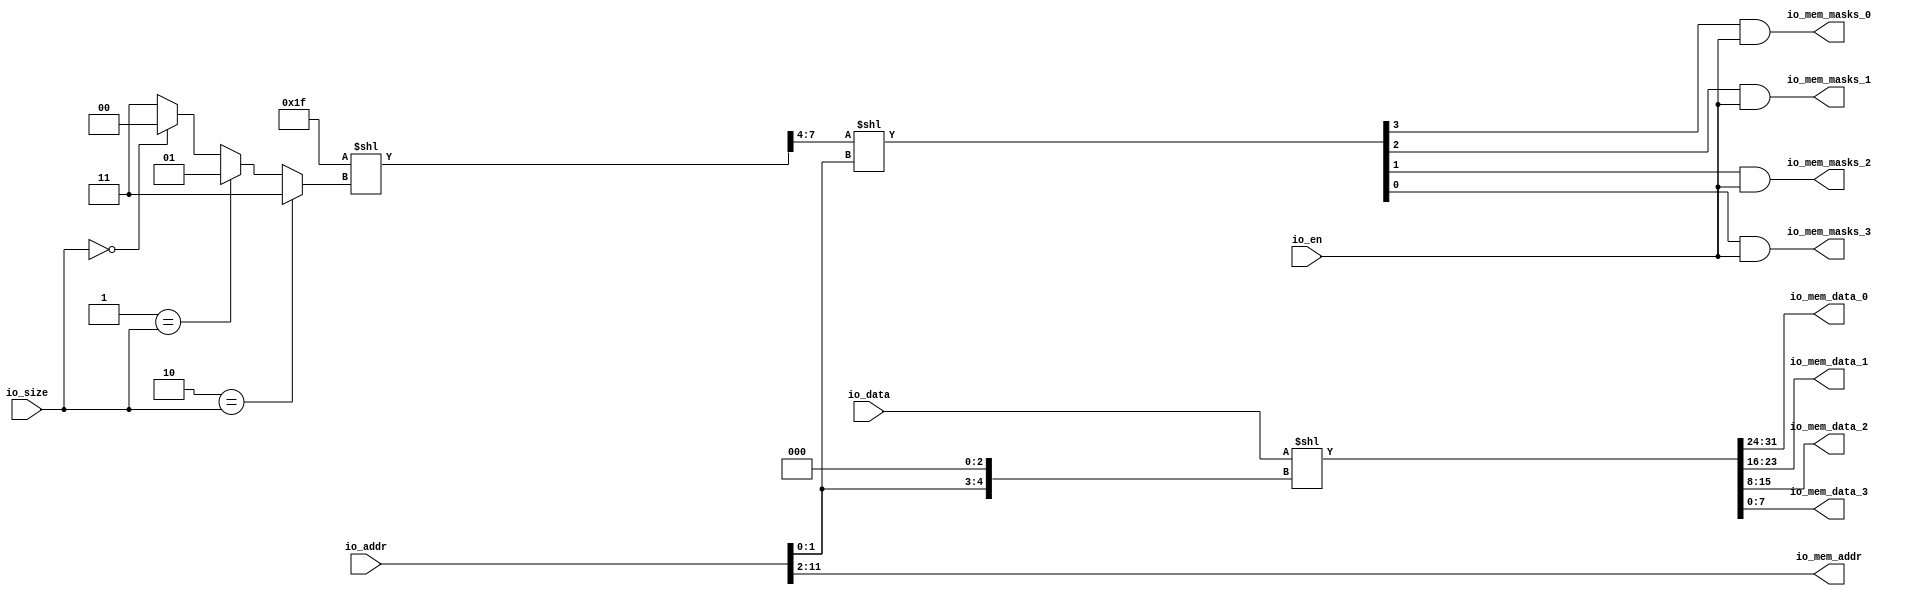
module MemWriter_2stage(
  input  [20:0] io_addr,
  input  [31:0] io_data,
  input  [1:0]  io_size,
  input         io_en,
  output [9:0] io_mem_addr,
  output [7:0]  io_mem_data_0,
  output [7:0]  io_mem_data_1,
  output [7:0]  io_mem_data_2,
  output [7:0]  io_mem_data_3,
  output        io_mem_masks_0,
  output        io_mem_masks_1,
  output        io_mem_masks_2,
  output        io_mem_masks_3
);
  wire [1:0] offset = io_addr[1:0]; // @[memory.scala 146:30]
  wire [4:0] _shiftedVec_T = {offset, 3'h0}; // @[memory.scala 147:56]
  wire [62:0] _GEN_0 = {{31'd0}, io_data}; // @[memory.scala 147:45]
  wire [62:0] _shiftedVec_T_1 = _GEN_0 << _shiftedVec_T; // @[memory.scala 147:45]
  wire [3:0] shiftedVec_lo = {_shiftedVec_T_1[27],_shiftedVec_T_1[26],_shiftedVec_T_1[25],_shiftedVec_T_1[24]}; // @[Cat.scala 31:58]
  wire [3:0] shiftedVec_hi = {_shiftedVec_T_1[31],_shiftedVec_T_1[30],_shiftedVec_T_1[29],_shiftedVec_T_1[28]}; // @[Cat.scala 31:58]
  wire [3:0] shiftedVec_lo_1 = {_shiftedVec_T_1[19],_shiftedVec_T_1[18],_shiftedVec_T_1[17],_shiftedVec_T_1[16]}; // @[Cat.scala 31:58]
  wire [3:0] shiftedVec_hi_1 = {_shiftedVec_T_1[23],_shiftedVec_T_1[22],_shiftedVec_T_1[21],_shiftedVec_T_1[20]}; // @[Cat.scala 31:58]
  wire [3:0] shiftedVec_lo_2 = {_shiftedVec_T_1[11],_shiftedVec_T_1[10],_shiftedVec_T_1[9],_shiftedVec_T_1[8]}; // @[Cat.scala 31:58]
  wire [3:0] shiftedVec_hi_2 = {_shiftedVec_T_1[15],_shiftedVec_T_1[14],_shiftedVec_T_1[13],_shiftedVec_T_1[12]}; // @[Cat.scala 31:58]
  wire [3:0] shiftedVec_lo_3 = {_shiftedVec_T_1[3],_shiftedVec_T_1[2],_shiftedVec_T_1[1],_shiftedVec_T_1[0]}; // @[Cat.scala 31:58]
  wire [3:0] shiftedVec_hi_3 = {_shiftedVec_T_1[7],_shiftedVec_T_1[6],_shiftedVec_T_1[5],_shiftedVec_T_1[4]}; // @[Cat.scala 31:58]
  wire [1:0] _masks_T_1 = 2'h0 == io_size ? 2'h0 : 2'h3; // @[Mux.scala 81:58]
  wire [1:0] _masks_T_3 = 2'h1 == io_size ? 2'h1 : _masks_T_1; // @[Mux.scala 81:58]
  wire [1:0] _masks_T_5 = 2'h2 == io_size ? 2'h3 : _masks_T_3; // @[Mux.scala 81:58]
  wire [10:0] _masks_mask_T = 11'h1f << _masks_T_5; // @[memory.scala 79:38]
  wire [3:0] masks_mask = _masks_mask_T[7:4]; // @[memory.scala 79:53]
  wire [6:0] _GEN_1 = {{3'd0}, masks_mask}; // @[memory.scala 80:34]
  wire [6:0] _masks_maskWithOffset_T = _GEN_1 << offset; // @[memory.scala 80:34]
  wire [3:0] masks_maskWithOffset = _masks_maskWithOffset_T[3:0]; // @[memory.scala 80:55]
  wire  masks_3 = masks_maskWithOffset[0]; // @[memory.scala 81:22]
  wire  masks_2 = masks_maskWithOffset[1]; // @[memory.scala 81:22]
  wire  masks_1 = masks_maskWithOffset[2]; // @[memory.scala 81:22]
  wire  masks_0 = masks_maskWithOffset[3]; // @[memory.scala 81:22]
  assign io_mem_addr = io_addr[11:2]; // @[memory.scala 151:32]
  assign io_mem_data_0 = {shiftedVec_hi,shiftedVec_lo}; // @[Cat.scala 31:58]
  assign io_mem_data_1 = {shiftedVec_hi_1,shiftedVec_lo_1}; // @[Cat.scala 31:58]
  assign io_mem_data_2 = {shiftedVec_hi_2,shiftedVec_lo_2}; // @[Cat.scala 31:58]
  assign io_mem_data_3 = {shiftedVec_hi_3,shiftedVec_lo_3}; // @[Cat.scala 31:58]
  assign io_mem_masks_0 = masks_0 & io_en; // @[memory.scala 153:58]
  assign io_mem_masks_1 = masks_1 & io_en; // @[memory.scala 153:58]
  assign io_mem_masks_2 = masks_2 & io_en; // @[memory.scala 153:58]
  assign io_mem_masks_3 = masks_3 & io_en; // @[memory.scala 153:58]
endmodule